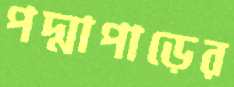
পদ্মাপাড়ের